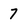
Character: 7